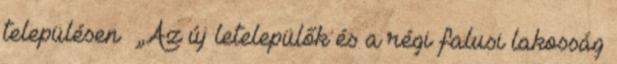
településen ▪„Az új letelepülők és a régi falusi lakosság